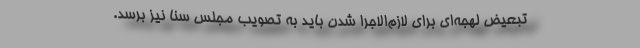
تبعیض لهجه‌ای برای لازم‌الاجرا شدن باید به تصویب مجلس سنا نیز برسد.